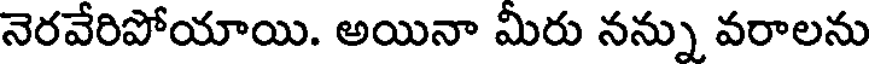
నెరవేరిపోయాయి. అయినా మీరు నన్ను వరాలను